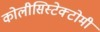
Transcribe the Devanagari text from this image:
कोलीसिस्टेक्टोमी